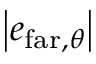
\left| e _ { \mathrm { f a r } , \theta } \right|